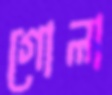
গোলা